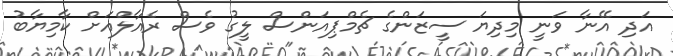
އަދި އޭނާ ވަނީ މިދިޔަ ސީޒަންގެ ޗެމްޕިއަންސް ލީގު ވެސް ރެއާލްއަށް ކާމިޔާބު